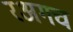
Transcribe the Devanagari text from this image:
रअगच